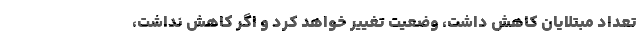
تعداد مبتلایان کاهش داشت، وضعیت تغییر خواهد کرد و اگر کاهش نداشت،